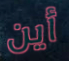
أين